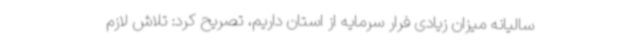
سالیانه میزان زیادی فرار سرمایه از استان داریم، تصریح کرد: تلاش لازم